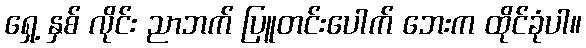
ရှေ့ နှစ် လိုင်း ညာဘက် ပြူတင်းပေါက် ဘေးက ထိုင်ခုံပါ။